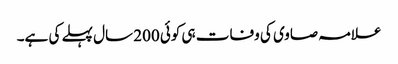
علامہ صاوی کی وفات ہی کوئی 200 سال پہلے کی ہے۔